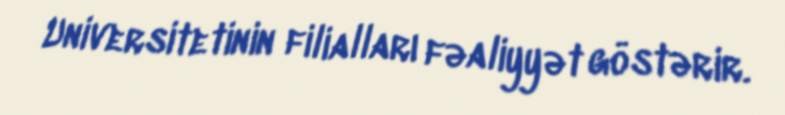
Universitetinin filialları fəaliyyət göstərir.